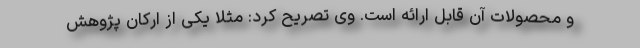
و محصولات آن قابل ارائه است. وی تصریح کرد: مثلا یکی از ارکان پژوهش